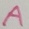
Text: A